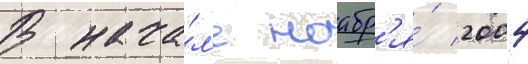
В нача́л'е ноабр'я́ 2004